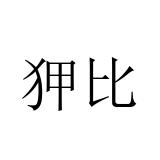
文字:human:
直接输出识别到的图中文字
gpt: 狎比